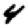
Digit: 4